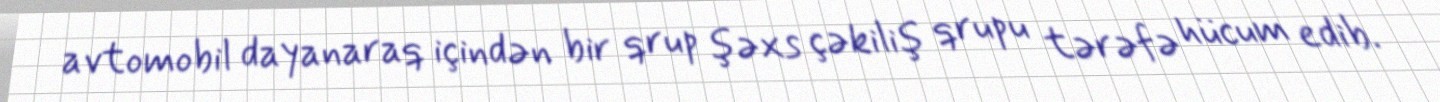
avtomobil dayanaraq içindən bir qrup şəxs çəkiliş qrupu tərəfə hücum edib.